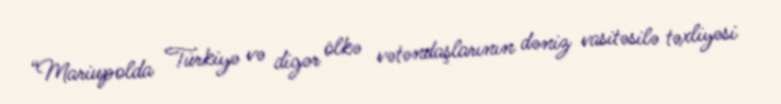
“Mariupolda Türkiyə və digər ölkə vətəndaşlarının dəniz vasitəsilə təxliyəsi